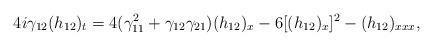
LaTeX: \begin{align*}4i \gamma_{12} (h_{12})_t = 4(\gamma_{11}^2+\gamma_{12}\gamma_{21} )(h_{12})_x -6 [(h_{12})_x]^2-(h_{12})_{xxx},\end{align*}